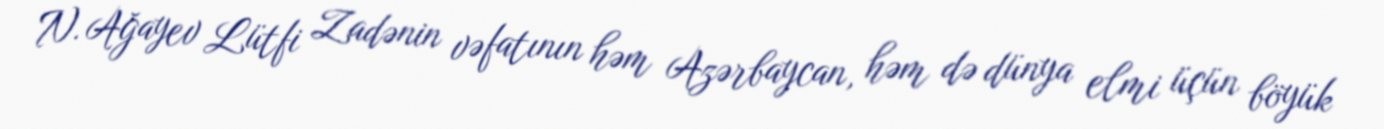
N. Ağayev Lütfi Zadənin vəfatının həm Azərbaycan, həm də dünya elmi üçün böyük